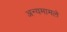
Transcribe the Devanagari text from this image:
अन्यमामले